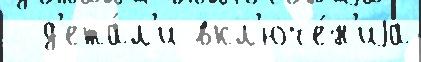
  д'ета́л'и вкл'юче́н'иjа